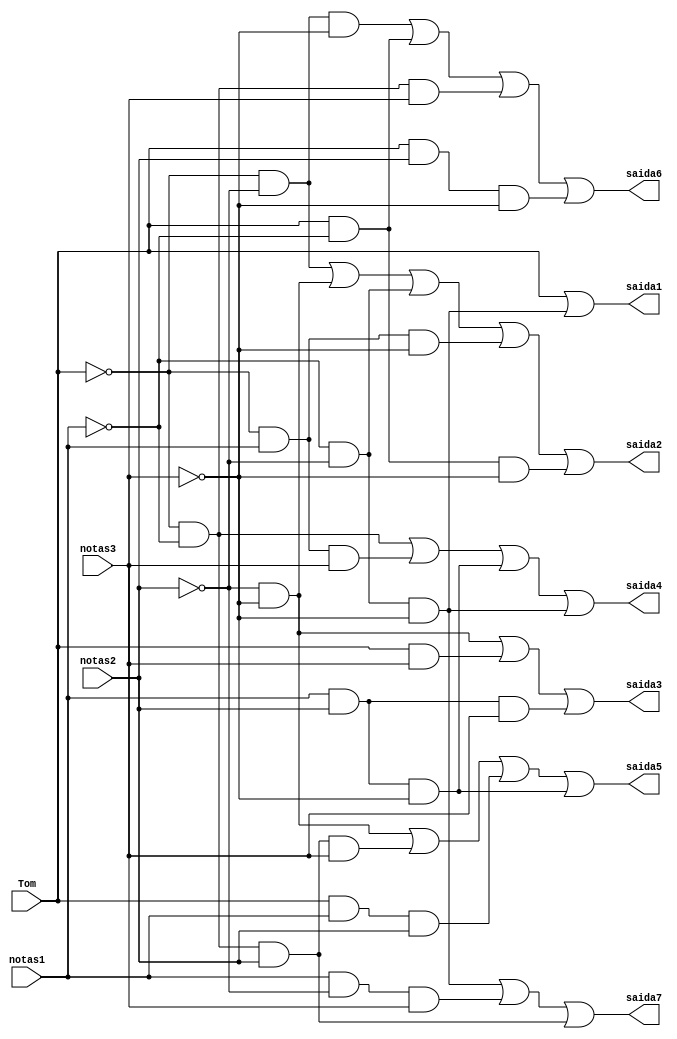
module Alfa_desc(Tom, notas1, notas2, notas3, saida1, saida2, saida3, saida4, saida5, saida6, saida7);
    input wire  Tom;
    input wire notas1, notas2, notas3; //B, C e D 
    output reg saida1, saida2, saida3, saida4, saida5, saida6, saida7;

    always @ ( * ) begin
        saida1 = Tom | (~notas1 & ~notas2 & ~notas3);
        saida2 = (~Tom & ~notas2) | (~notas2 & ~notas3) | (~notas1 & ~notas2) | (~Tom & notas1 & ~notas3) | (Tom & ~notas1 & ~notas3);
        saida3 = (~notas2 & ~notas3) | (Tom & notas3) | (notas1 & notas2 & notas3);
        saida4 = (~Tom & ~notas1) | (~Tom & notas1 & notas3) | (notas1 & notas2 & ~notas3) | (~notas1 & ~notas2 & ~notas3);
        saida5 = (~notas2 & ~notas3) | (~Tom & ~notas1 & notas2 & notas3) | (Tom & notas1 & notas2) | (notas1 & notas2 & ~notas3);
        saida6 = (~Tom & ~notas2 & ~notas3) | (Tom & ~notas1) | (~Tom & ~notas1 & notas3) | (Tom & notas2 & ~notas3);
        saida7 = (~notas1 & ~notas2 & ~notas3) | (notas1 & ~notas2 & notas3) | (~Tom & ~notas1 & notas2);
    end
endmodule//Tom,Notas,Saidas